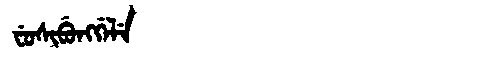
Manchu: ᠸᡠᠰᡳᠪᡠᠩᡤᡝᠯᡝ
Romanization: FUSIBUNGGELE